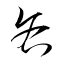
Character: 吝